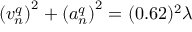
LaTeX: \left( v _ { n } ^ { q } \right) ^ { 2 } + \left( a _ { n } ^ { q } \right) ^ { 2 } = ( 0 . 6 2 ) ^ { 2 } \lambda